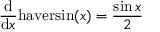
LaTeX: { \frac { \mathrm { d } } { \mathrm { d } x } } \mathrm { h a v e r s i n } ( x ) = { \frac { \sin { x } } { 2 } }